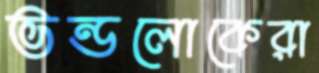
ভন্ডলোকেরা